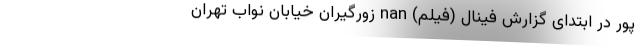
پور در ابتدای گزارش فینال (فیلم) nan زورگیران خیابان نوابِ تهران